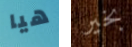
هيا بخير